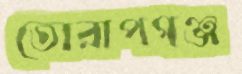
তোরাপগঞ্জ